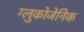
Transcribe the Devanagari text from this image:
ग्लुकोजेनिक